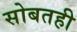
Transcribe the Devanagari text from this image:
सोबतही